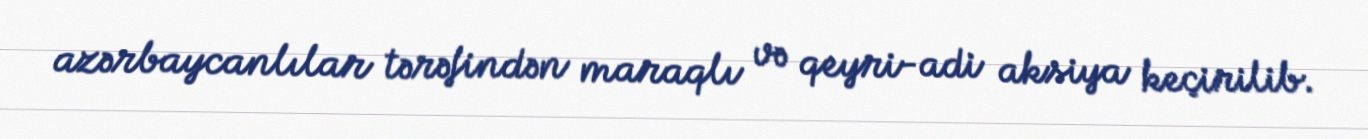
azərbaycanlılar tərəfindən maraqlı və qeyri-adi aksiya keçirilib.